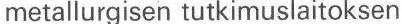
metallurgisen tutkimuslaitoksen